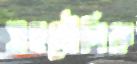
সহমৌলিক